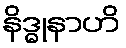
နိဒ္ဓုနာဟိ